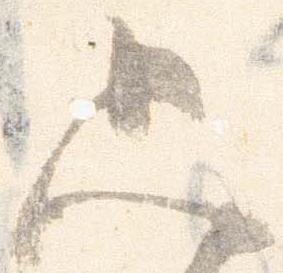
只